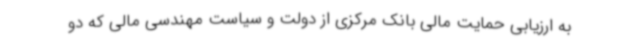
به ارزیابی حمایت مالی بانک مرکزی از دولت و سیاست مهندسی مالی که دو